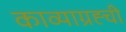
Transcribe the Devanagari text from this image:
काव्याग्रह्ची